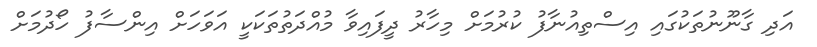
އަދި ގާނޫނުތަކުގައި އިސްތިއުނާފު ކުރުމަށް މިހާރު ދީފައިވާ މުއްދަތުތަކަކީ އަވަހަށް އިންސާފު ހޯދުމަށް